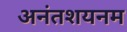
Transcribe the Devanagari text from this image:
अनंतशयनम